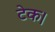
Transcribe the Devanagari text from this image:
टेक।